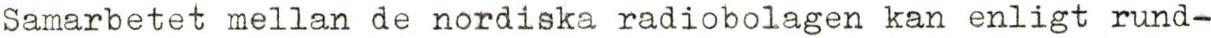
Samarbetet mellan de nordiska radiobolagen kan enligt rund-